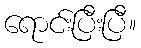
ရောင်းပြီးပြီ။